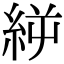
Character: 𥿬